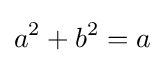
a^{2}+b^{2}=a